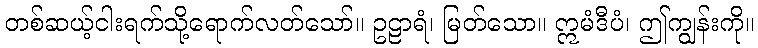
တစ်ဆယ့်ငါးရက်သို့ရောက်လတ်သော်။ ဥဠာရံ၊ မြတ်သော။ ဣမံဒီပံ၊ ဤကျွန်းကို။